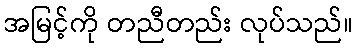
အမြင့်ကို တညီတည်း လုပ်သည်။